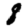
Digit: 8